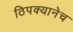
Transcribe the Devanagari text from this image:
ठिपक्यानेच